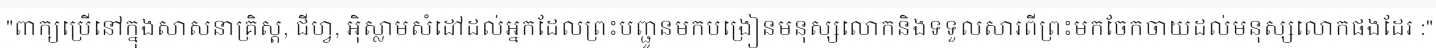
"ពាក្យប្រើនៅក្នុងសាសនាគ្រិស្ត, ជីហ្វ, អ៊ិស្លាមសំដៅដល់អ្នកដែលព្រះបញ្ជូនមកបង្រៀនមនុស្សលោកនិងទទួលសារពីព្រះមកចែកចាយដល់មនុស្សលោកផងដែរ :"